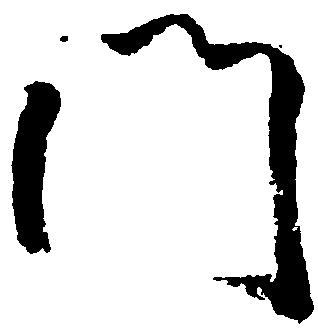
門